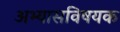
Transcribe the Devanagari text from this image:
अभ्यासविषयक